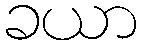
ခယာ